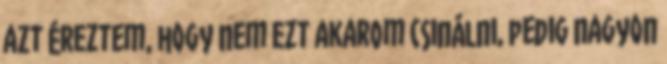
azt éreztem, hogy nem ezt akarom csinálni, pedig nagyon